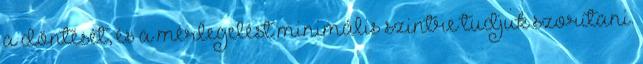
a döntését, és a mérlegelést minimális szintre tudjuk szorítani.